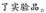
了实验品。